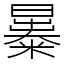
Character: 㬥